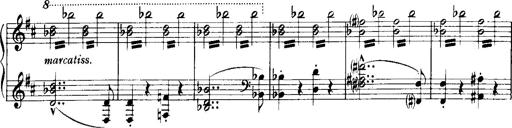
Title: Historische ungarische Bildnisse
Composer: Franz Liszt